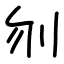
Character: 刎